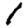
Digit: 1